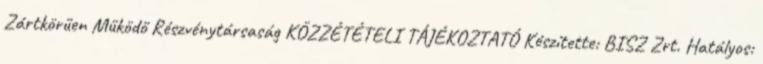
Zártkörűen Működő Részvénytársaság KÖZZÉTÉTELI TÁJÉKOZTATÓ Készítette: BISZ Zrt. Hatályos: